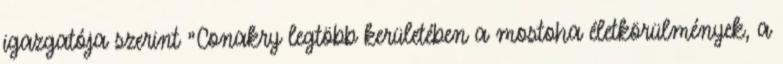
igazgatója szerint "Conakry legtöbb kerületében a mostoha életkörülmények, a